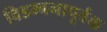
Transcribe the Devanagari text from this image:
विडम्बनापूर्वक